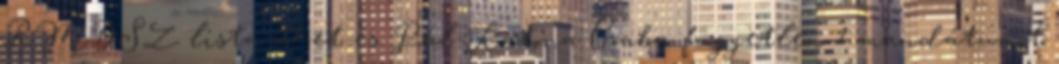
RMDSZ lista 27-et és Pál-Katona Csaba független 1 mandátumot